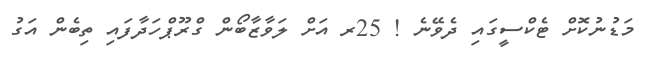
މަޑުނުކޮށް ޓެކްސީގައި ދެވޭނެ ! 25ރ އަށް ލަވާޒާބޯން ގްރޫޕްހަދާފައި ތިބެން އަގު